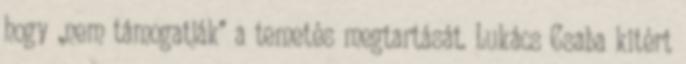
hogy „nem támogatják” a temetés megtartását. Lukács Csaba kitért